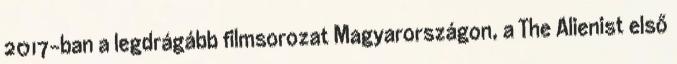
2017-ban a legdrágább filmsorozat Magyarországon, a The Alienist első